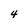
Character: 4